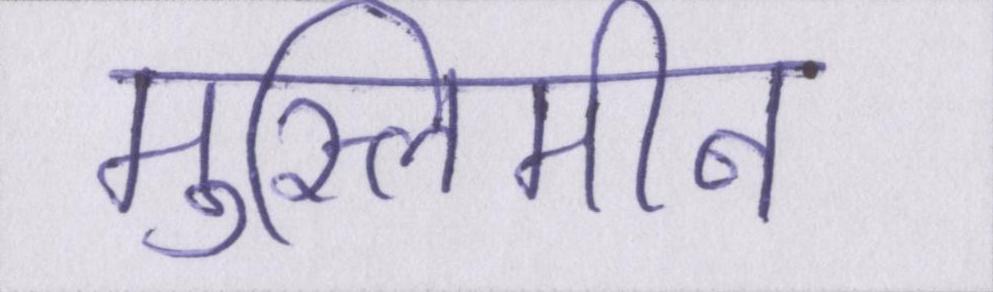
मुस्लिमीन